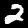
Digit: 2